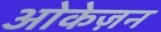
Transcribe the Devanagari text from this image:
ओकेज़न